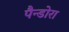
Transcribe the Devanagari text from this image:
पैन्डोरा